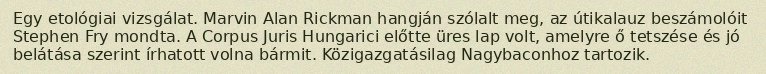
Egy etológiai vizsgálat. Marvin Alan Rickman hangján szólalt meg, az útikalauz beszámolóit Stephen Fry mondta. A Corpus Juris Hungarici előtte üres lap volt, amelyre ő tetszése és jó belátása szerint írhatott volna bármit. Közigazgatásilag Nagybaconhoz tartozik.